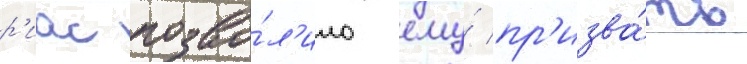
р'иас позво́л'ило ему́ пр'изва́ть